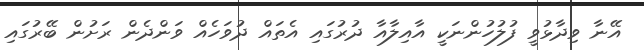
އޭނާ ވިދާޅުވީ ފުލުހުންނަކީ އާއިލާއާ ދުރުގައި އެތައް ދުވަހެއް ވަންދެން ރަށުން ބޭރުގައި